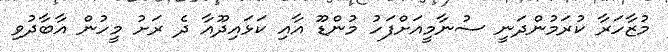
މުޒާހަރާ ކުރަމުންދަނީ ސުނާމީއަށްފަހު މުންޑޫ އާއި ކަޅައިދޫއާ ދެ ރަށު މީހުން އާބާދުވި